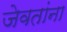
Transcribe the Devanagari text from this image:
जेवतांना